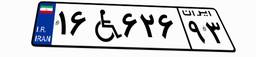
۱۶W۶۲۶۹۳